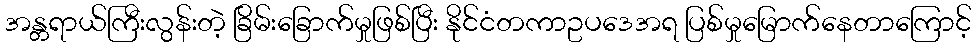
အန္တရာယ်ကြီးလွန်းတဲ့ ခြိမ်းခြောက်မှုဖြစ်ပြီး နိုင်ငံတကာဥပဒေအရ ပြစ်မှုမြောက်နေတာကြောင့်